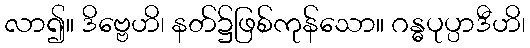
လာ၍။ ဒိဗ္ဗေဟိ၊ နတ်၌ဖြစ်ကုန်သော။ ဂန္ဓပုပ္ပာဒီဟိ၊